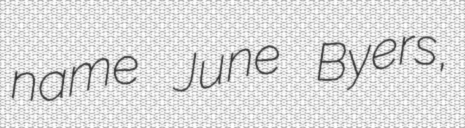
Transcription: name June Byers,